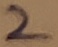
Text: 2